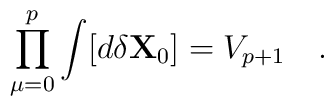
\prod_{\mu=0}^p \int [d \delta {\bf X}_0 ] = V_{p+1} \quad .